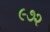
૯૭૨